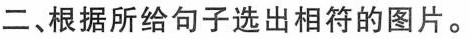
二、根据所给句子选出相符的图片。